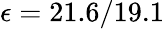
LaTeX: \epsilon=21.6/19.1